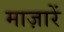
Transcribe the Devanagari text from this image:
माज़ारें